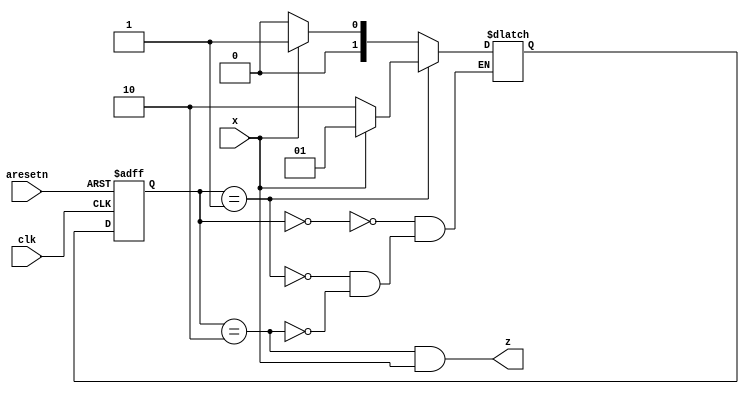
module top_module (
    input clk,
    input aresetn,    // Asynchronous active-low reset
    input x,
    output z ); 
    reg [1:0]	state,next_state;
    parameter S0 = 2'd0,S1 = 2'd1,S2 = 2'd2;
    
    always@(posedge clk or negedge aresetn)begin
        if(~aresetn)begin
            state = S0;
        end
        else begin
            state = next_state;
        end
    end
    
    always@(*)begin
        case(state)
            S0:begin
                if(x)begin
                    next_state = S1;
                end
                else begin
                    next_state = S0;
                end
            end
            S1:begin
                if(x)begin
                    next_state = S1;
                end
                else begin
                    next_state = S2;
                end
            end
            S2:begin
                if(x)begin
                    next_state = S1;
                end
                else begin
                    next_state = S0;
                end
            end
        endcase
    end
    assign z = (state == S2 && x);
endmodule